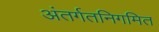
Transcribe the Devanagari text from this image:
अंतर्गतनिगमित